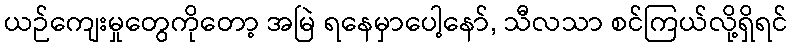
ယဉ်ကျေးမှုတွေကိုတော့ အမြဲ ရနေမှာပေါ့နော်, သီလသာ စင်ကြယ်လို့ရှိရင်